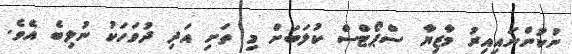
ނުކުންނައިއިރު މާޒިޔާ ސްޕޯޓްސް ކުލަބަށް މި ތަށި އަދި ދުވަހަކު ނުލިބެ އެވެ.